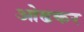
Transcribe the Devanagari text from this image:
ओढकर